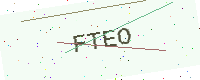
Text: FTEO